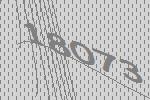
18073